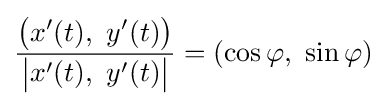
{\frac {{\big (}x'(t),\ y'(t){\big )}}{{\big |}x'(t),\ y'(t){\big |}}}=(\cos \varphi ,\ \sin \varphi )